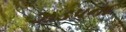
ઝડપના